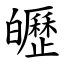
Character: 㿨